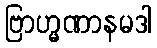
ဗြာဟ္မဏာနမဒါ